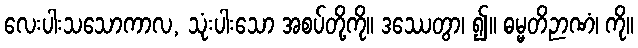
လေးပါးသသောကာလ, သုံးပါးသော အစပ်တို့ကို။ ဒဿေတွာ၊ ၍။ ဓမ္မတိဉာဏံ၊ ကို။